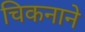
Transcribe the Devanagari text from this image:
चिकनाने